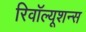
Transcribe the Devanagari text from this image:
रिवॉल्यूशन्स